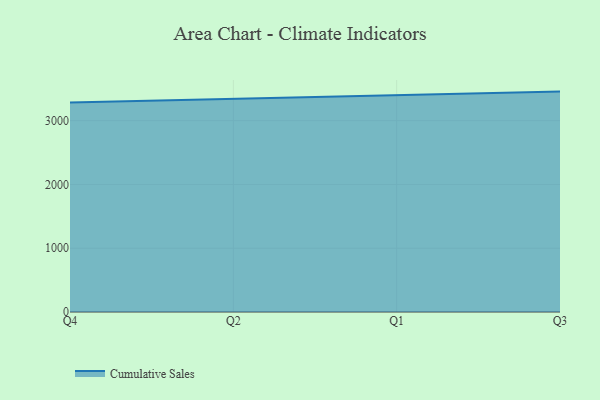
{"axis": {"x": "Quarter", "y": "Inventory Turnover"}, "legend": ["Cumulative Sales"], "data": [{"x": "Q4", "y": 3284.5, "type": "Cumulative Sales"}, {"x": "Q2", "y": 3344.5, "type": "Cumulative Sales"}, {"x": "Q1", "y": 3398.1, "type": "Cumulative Sales"}, {"x": "Q3", "y": 3455.3, "type": "Cumulative Sales"}]}